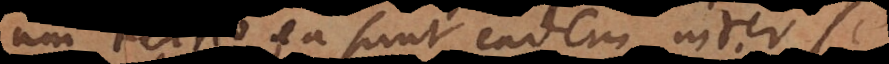
ea sunt eadem inter se,